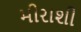
મીરાશી